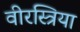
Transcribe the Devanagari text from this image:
वीरस्त्रिया